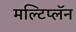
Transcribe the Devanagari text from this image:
मल्टिप्लॅन